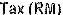
TAX(RM)